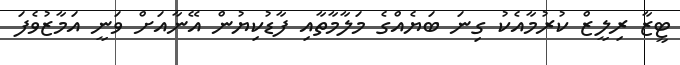
ޓީޒާ ރިލީޒް ކުރުމާއެކު ގިނަ ބަޔެއްގެ މަލާމާތާއި ފާޑުކިޔުން އޭނާއަށް ވަނީ އަމާޒުވެފަ